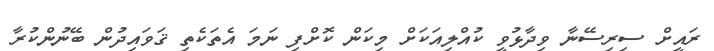
ރައީށް ސިރިސޭނާ ވިދާޅުވީ ކުއްލިއަކަށް މިކަން ކޮށްފި ނަމަ އެތަކެތި ޤަވައިދުން ބޭނުންކުރާ